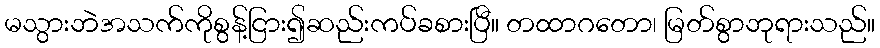
မသွားဘဲအသက်ကိုစွန့်ငြား၍ဆည်းကပ်ခစားပြီ။ တထာဂတော၊ မြတ်စွာဘုရားသည်။